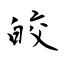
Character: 皎